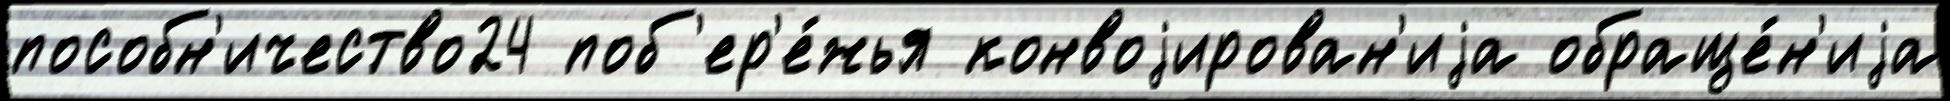
пособн'ичество24 поб'ер'е́жья конвоjирован'иjа обраще́н'иjа